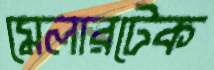
মেলারটেক